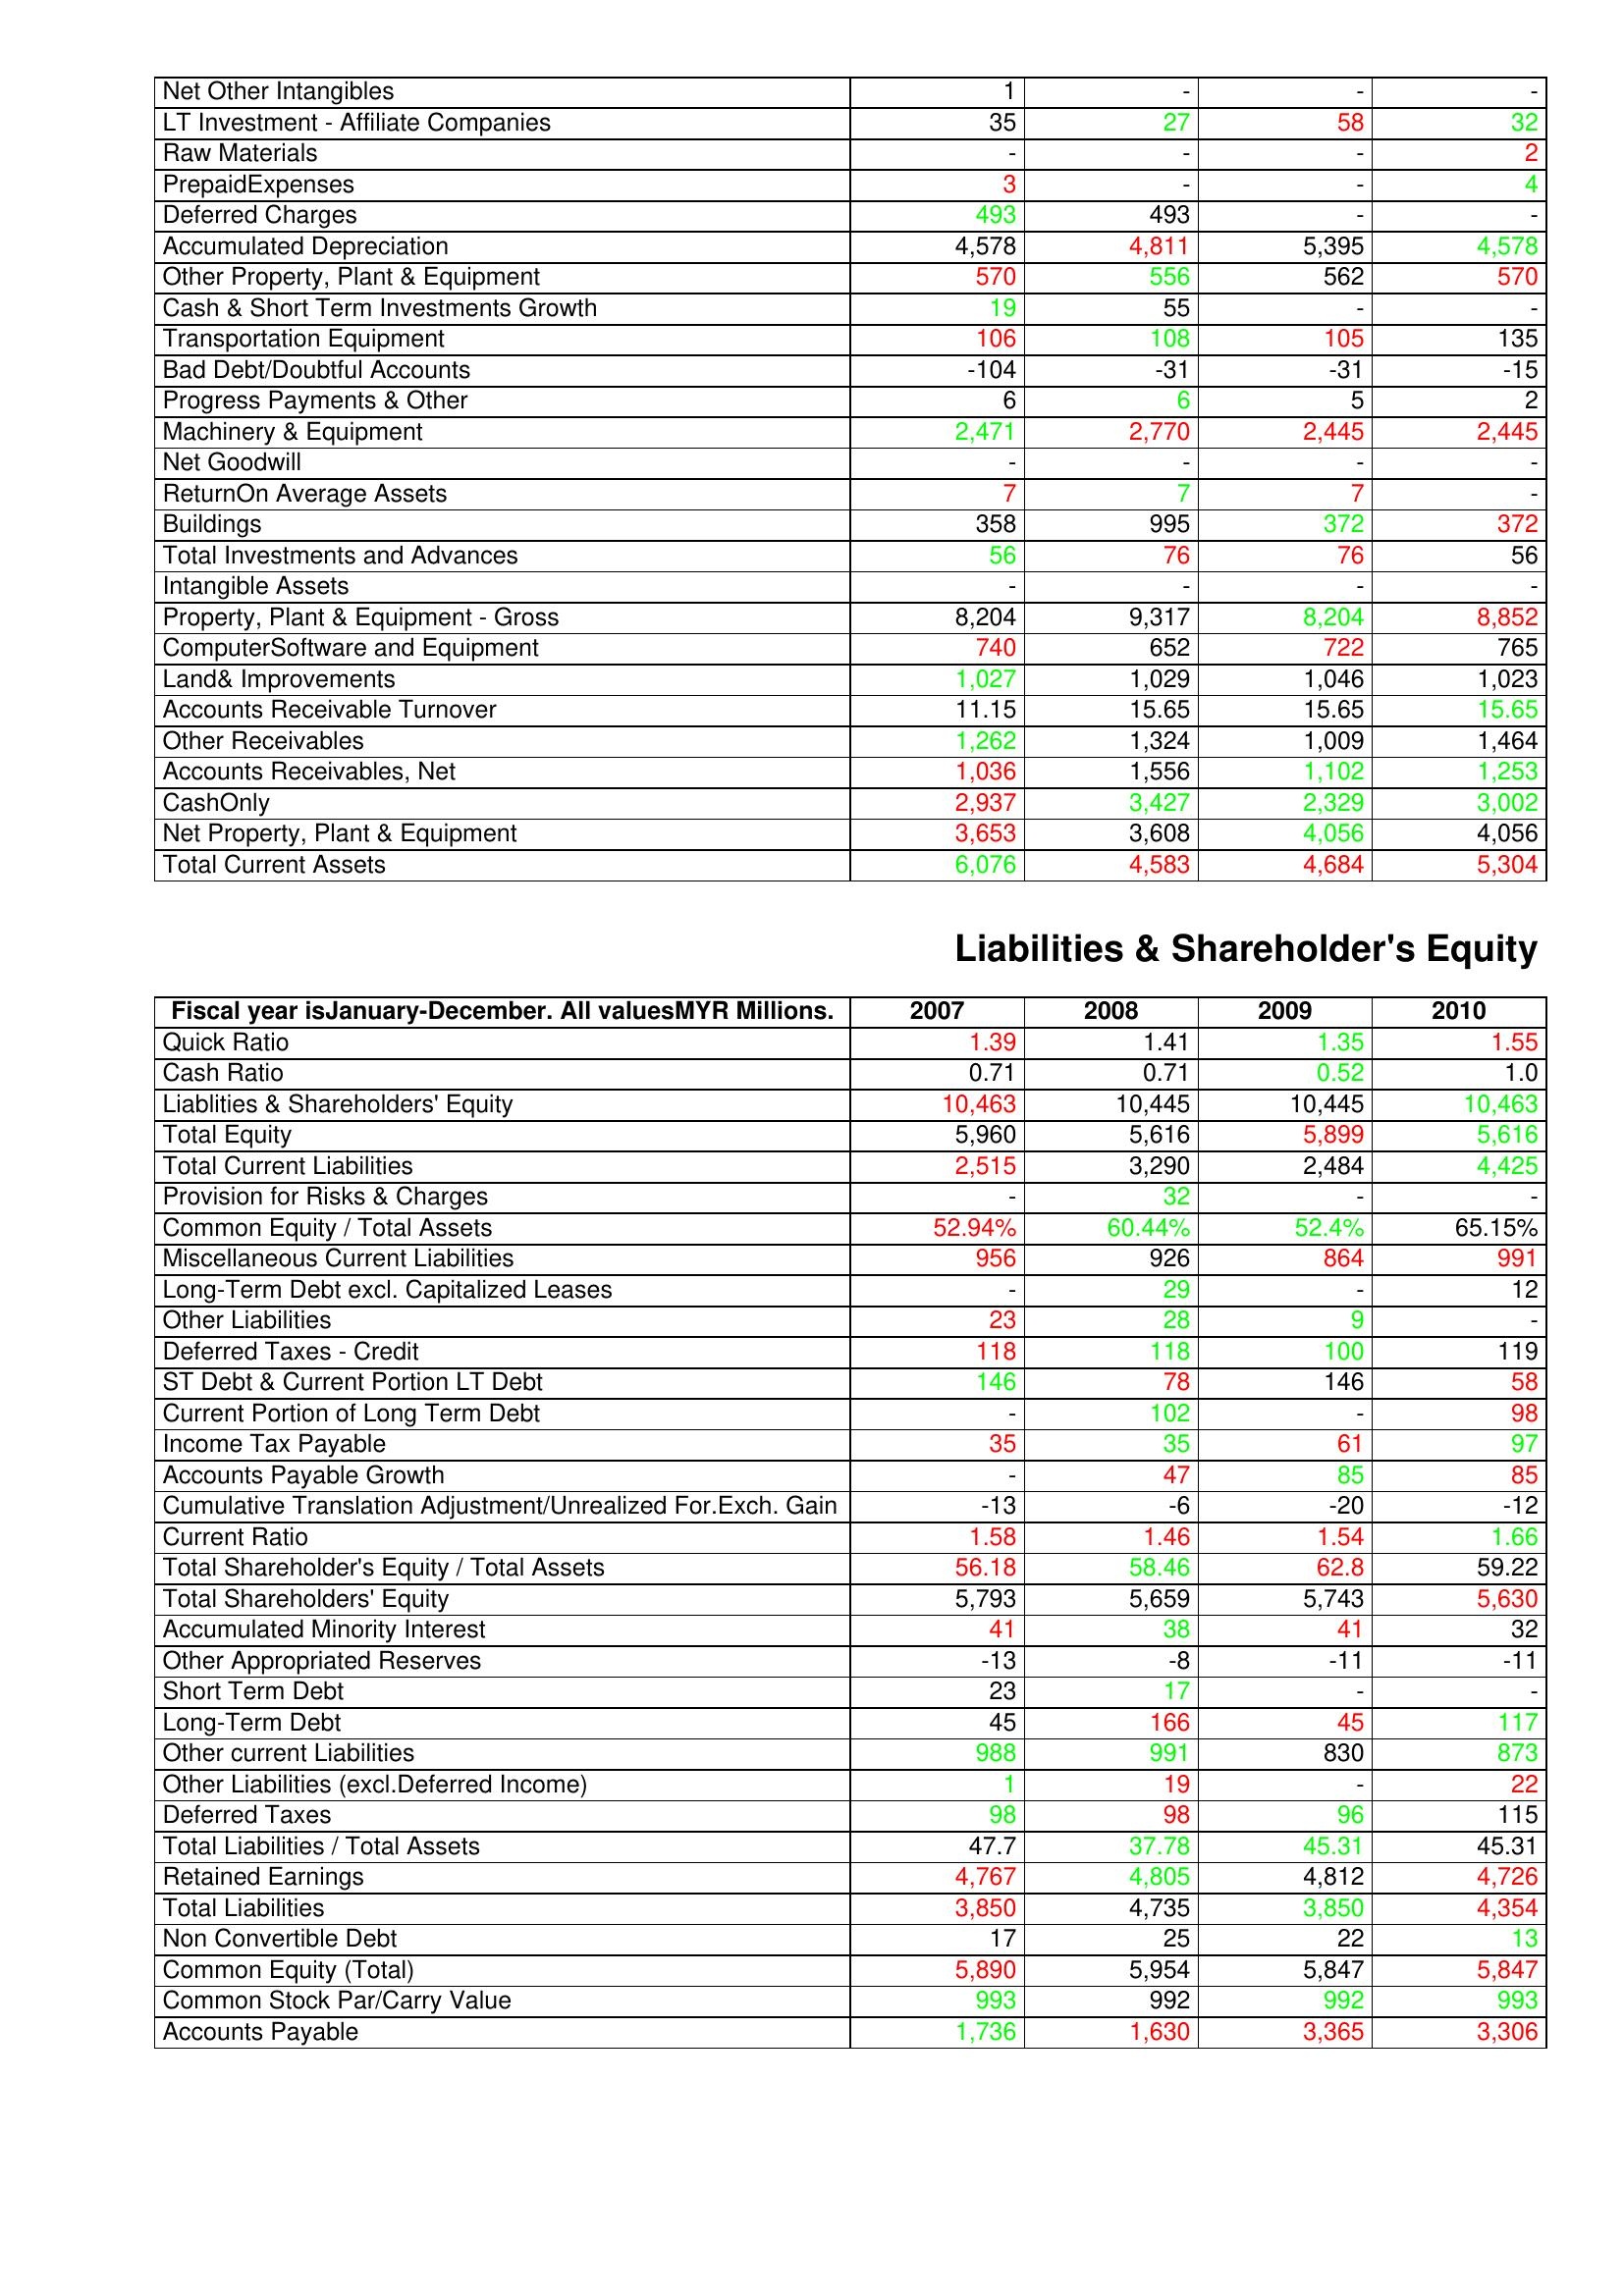
gt_parse: 2007: Assets: Net Other Intangibles: 1
LT Investment - Affiliate Companies: 35
Raw Materials: -
PrepaidExpenses: 3
Deferred Charges: 493
Accumulated Depreciation: 4,578
Other Property, Plant & Equipment: 570
Cash & Short Term Investments Growth: 19
Transportation Equipment: 106
Bad Debt/Doubtful Accounts: -104
Progress Payments & Other: 6
Machinery & Equipment: 2,471
Net Goodwill: -
ReturnOn Average Assets: 7
Buildings: 358
Total Investments and Advances: 56
Intangible Assets: -
Property, Plant & Equipment - Gross : 8,204
ComputerSoftware and Equipment: 740
Land& Improvements: 1,027
Accounts Receivable Turnover: 11.15
Other Receivables: 1,262
Accounts Receivables, Net: 1,036
CashOnly: 2,937
Net Property, Plant & Equipment: 3,653
Total Current Assets: 6,076
Liabilities & Shareholder's Equity: Quick Ratio: 1.39
Cash Ratio: 0.71
Liablities & Shareholders' Equity: 10,463
Total Equity: 5,960
Total Current Liabilities: 2,515
Provision for Risks & Charges: -
Common Equity / Total Assets: 52.94%
Miscellaneous Current Liabilities: 956
Long-Term Debt excl. Capitalized Leases: -
Other Liabilities: 23
Deferred Taxes - Credit: 118
ST Debt & Current Portion LT Debt: 146
Current Portion of Long Term Debt: -
Income Tax Payable: 35
Accounts Payable Growth: -
Cumulative Translation Adjustment/Unrealized For.Exch. Gain: -13
Current Ratio: 1.58
Total Shareholder's Equity / Total Assets: 56.18
Total Shareholders' Equity: 5,793
Accumulated Minority Interest: 41
Other Appropriated Reserves: -13
Short Term Debt: 23
Long-Term Debt: 45
Other current Liabilities: 988
Other Liabilities (excl.Deferred Income): 1
Deferred Taxes: 98
Total Liabilities / Total Assets: 47.7
Retained Earnings: 4,767
Total Liabilities: 3,850
Non Convertible Debt: 17
Common Equity (Total): 5,890
Common Stock Par/Carry Value: 993
Accounts Payable: 1,736
2008: Assets: Net Other Intangibles: -
LT Investment - Affiliate Companies: 27
Raw Materials: -
PrepaidExpenses: -
Deferred Charges: 493
Accumulated Depreciation: 4,811
Other Property, Plant & Equipment: 556
Cash & Short Term Investments Growth: 55
Transportation Equipment: 108
Bad Debt/Doubtful Accounts: -31
Progress Payments & Other: 6
Machinery & Equipment: 2,770
Net Goodwill: -
ReturnOn Average Assets: 7
Buildings: 995
Total Investments and Advances: 76
Intangible Assets: -
Property, Plant & Equipment - Gross : 9,317
ComputerSoftware and Equipment: 652
Land& Improvements: 1,029
Accounts Receivable Turnover: 15.65
Other Receivables: 1,324
Accounts Receivables, Net: 1,556
CashOnly: 3,427
Net Property, Plant & Equipment: 3,608
Total Current Assets: 4,583
Liabilities & Shareholder's Equity: Quick Ratio: 1.41
Cash Ratio: 0.71
Liablities & Shareholders' Equity: 10,445
Total Equity: 5,616
Total Current Liabilities: 3,290
Provision for Risks & Charges: 32
Common Equity / Total Assets: 60.44%
Miscellaneous Current Liabilities: 926
Long-Term Debt excl. Capitalized Leases: 29
Other Liabilities: 28
Deferred Taxes - Credit: 118
ST Debt & Current Portion LT Debt: 78
Current Portion of Long Term Debt: 102
Income Tax Payable: 35
Accounts Payable Growth: 47
Cumulative Translation Adjustment/Unrealized For.Exch. Gain: -6
Current Ratio: 1.46
Total Shareholder's Equity / Total Assets: 58.46
Total Shareholders' Equity: 5,659
Accumulated Minority Interest: 38
Other Appropriated Reserves: -8
Short Term Debt: 17
Long-Term Debt: 166
Other current Liabilities: 991
Other Liabilities (excl.Deferred Income): 19
Deferred Taxes: 98
Total Liabilities / Total Assets: 37.78
Retained Earnings: 4,805
Total Liabilities: 4,735
Non Convertible Debt: 25
Common Equity (Total): 5,954
Common Stock Par/Carry Value: 992
Accounts Payable: 1,630
2009: Assets: Net Other Intangibles: -
LT Investment - Affiliate Companies: 58
Raw Materials: -
PrepaidExpenses: -
Deferred Charges: -
Accumulated Depreciation: 5,395
Other Property, Plant & Equipment: 562
Cash & Short Term Investments Growth: -
Transportation Equipment: 105
Bad Debt/Doubtful Accounts: -31
Progress Payments & Other: 5
Machinery & Equipment: 2,445
Net Goodwill: -
ReturnOn Average Assets: 7
Buildings: 372
Total Investments and Advances: 76
Intangible Assets: -
Property, Plant & Equipment - Gross : 8,204
ComputerSoftware and Equipment: 722
Land& Improvements: 1,046
Accounts Receivable Turnover: 15.65
Other Receivables: 1,009
Accounts Receivables, Net: 1,102
CashOnly: 2,329
Net Property, Plant & Equipment: 4,056
Total Current Assets: 4,684
Liabilities & Shareholder's Equity: Quick Ratio: 1.35
Cash Ratio: 0.52
Liablities & Shareholders' Equity: 10,445
Total Equity: 5,899
Total Current Liabilities: 2,484
Provision for Risks & Charges: -
Common Equity / Total Assets: 52.4%
Miscellaneous Current Liabilities: 864
Long-Term Debt excl. Capitalized Leases: -
Other Liabilities: 9
Deferred Taxes - Credit: 100
ST Debt & Current Portion LT Debt: 146
Current Portion of Long Term Debt: -
Income Tax Payable: 61
Accounts Payable Growth: 85
Cumulative Translation Adjustment/Unrealized For.Exch. Gain: -20
Current Ratio: 1.54
Total Shareholder's Equity / Total Assets: 62.8
Total Shareholders' Equity: 5,743
Accumulated Minority Interest: 41
Other Appropriated Reserves: -11
Short Term Debt: -
Long-Term Debt: 45
Other current Liabilities: 830
Other Liabilities (excl.Deferred Income): -
Deferred Taxes: 96
Total Liabilities / Total Assets: 45.31
Retained Earnings: 4,812
Total Liabilities: 3,850
Non Convertible Debt: 22
Common Equity (Total): 5,847
Common Stock Par/Carry Value: 992
Accounts Payable: 3,365
2010: Assets: Net Other Intangibles: -
LT Investment - Affiliate Companies: 32
Raw Materials: 2
PrepaidExpenses: 4
Deferred Charges: -
Accumulated Depreciation: 4,578
Other Property, Plant & Equipment: 570
Cash & Short Term Investments Growth: -
Transportation Equipment: 135
Bad Debt/Doubtful Accounts: -15
Progress Payments & Other: 2
Machinery & Equipment: 2,445
Net Goodwill: -
ReturnOn Average Assets: -
Buildings: 372
Total Investments and Advances: 56
Intangible Assets: -
Property, Plant & Equipment - Gross : 8,852
ComputerSoftware and Equipment: 765
Land& Improvements: 1,023
Accounts Receivable Turnover: 15.65
Other Receivables: 1,464
Accounts Receivables, Net: 1,253
CashOnly: 3,002
Net Property, Plant & Equipment: 4,056
Total Current Assets: 5,304
Liabilities & Shareholder's Equity: Quick Ratio: 1.55
Cash Ratio: 1.0
Liablities & Shareholders' Equity: 10,463
Total Equity: 5,616
Total Current Liabilities: 4,425
Provision for Risks & Charges: -
Common Equity / Total Assets: 65.15%
Miscellaneous Current Liabilities: 991
Long-Term Debt excl. Capitalized Leases: 12
Other Liabilities: -
Deferred Taxes - Credit: 119
ST Debt & Current Portion LT Debt: 58
Current Portion of Long Term Debt: 98
Income Tax Payable: 97
Accounts Payable Growth: 85
Cumulative Translation Adjustment/Unrealized For.Exch. Gain: -12
Current Ratio: 1.66
Total Shareholder's Equity / Total Assets: 59.22
Total Shareholders' Equity: 5,630
Accumulated Minority Interest: 32
Other Appropriated Reserves: -11
Short Term Debt: -
Long-Term Debt: 117
Other current Liabilities: 873
Other Liabilities (excl.Deferred Income): 22
Deferred Taxes: 115
Total Liabilities / Total Assets: 45.31
Retained Earnings: 4,726
Total Liabilities: 4,354
Non Convertible Debt: 13
Common Equity (Total): 5,847
Common Stock Par/Carry Value: 993
Accounts Payable: 3,306